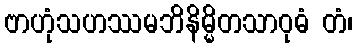
ဗာဟုံသဟဿမဘိနိမ္မိတသာဝုဓံ တံ၊